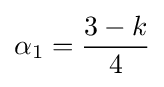
\alpha _{1}={\frac {3-k}{4}}